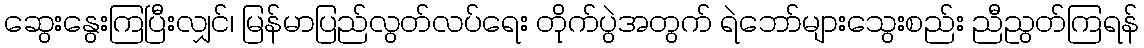
ဆွေးနွေးကြပြီးလျှင်၊ မြန်မာပြည်လွတ်လပ်ရေး တိုက်ပွဲအတွက် ရဲဘော်များသွေးစည်း ညီညွတ်ကြရန်